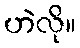
ဟဲလို။